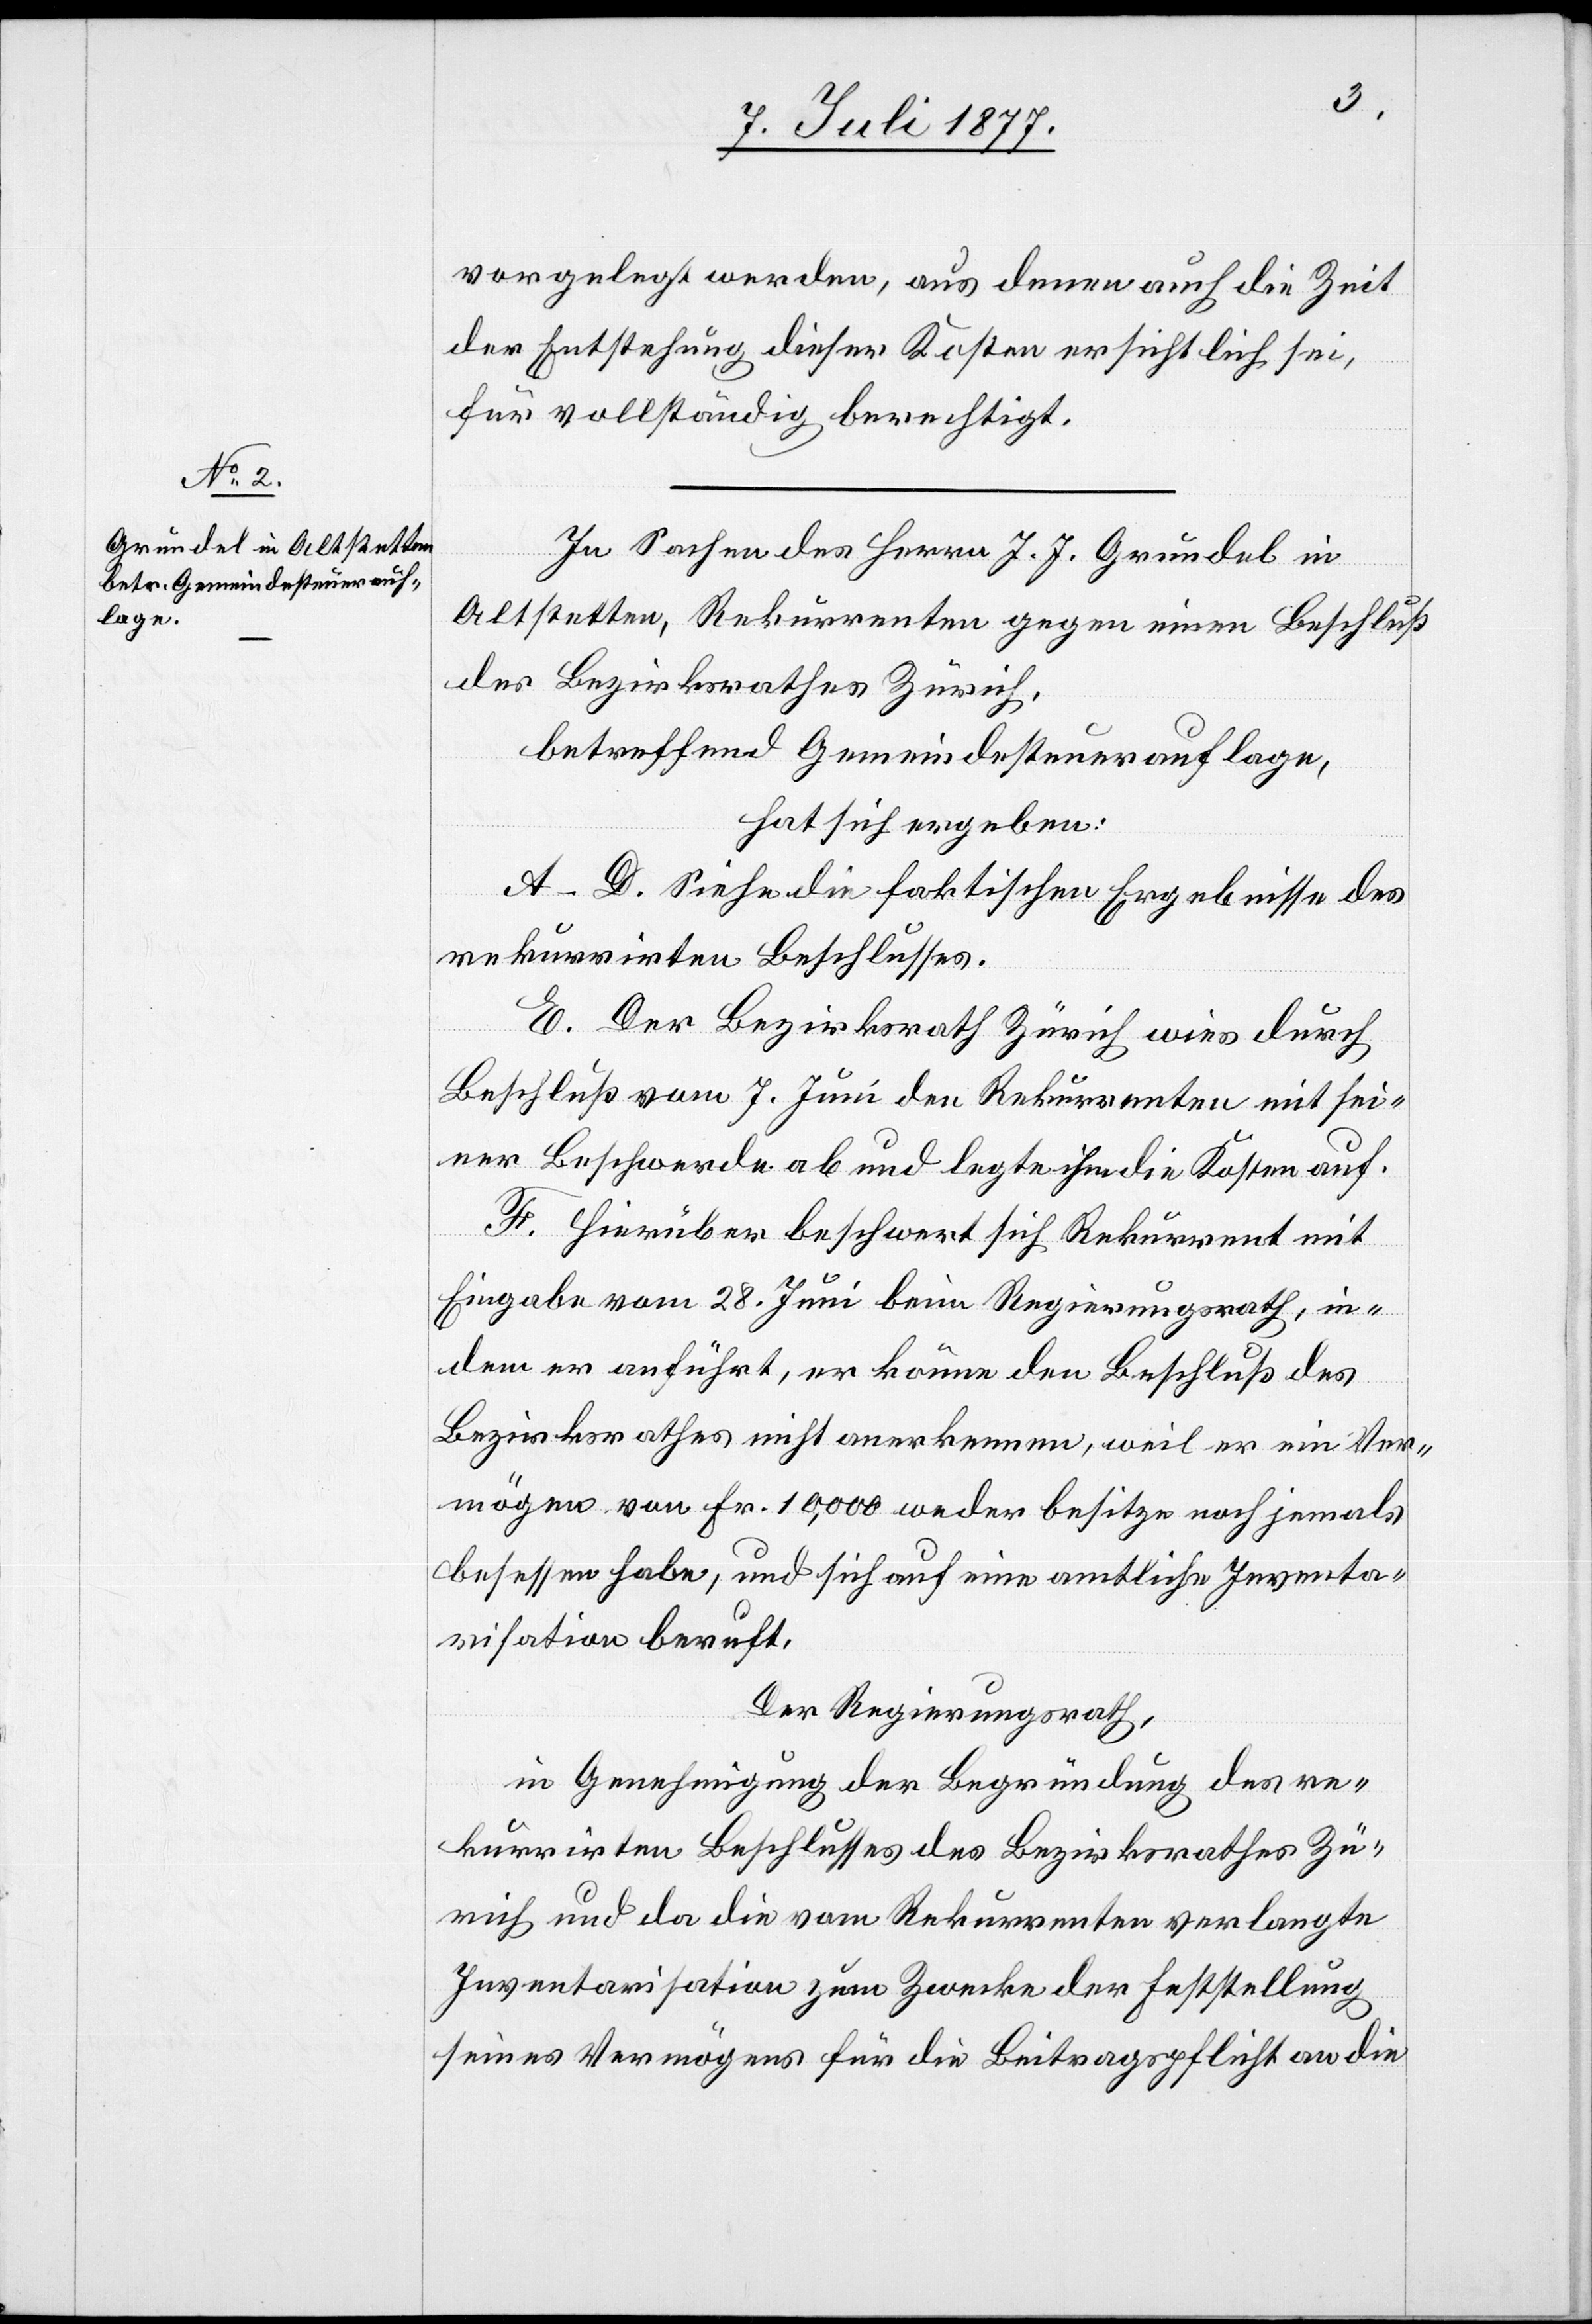
vorgelegt werden, aus denen auch die Zeit
der Entstehung dieser Kosten ersichtlich sei,
für vollständig berechtigt.
In Sachen des Herrn J. J. Grundel in
Altstetten, Rekurrenten gegen einen Beschluß
des Bezirksrathes Zürich,
betreffend Gemeindesteuerauflage,
hat sich ergeben:
A–D. Siehe die faktischen Ergebnisse des
rekurrirten Beschlusses.
E. Der Bezirksrath Zürich wies durch
Beschluß vom 7. Juni den Rekurrenten mit sei¬
ner Beschwerde ab und legte ihm die Kosten auf.
F. Hierüber beschwert sich Rekurrent mit
Eingabe vom 28. Juni beim Regierungsrath, in¬
dem er anführt, er könne den Beschluß des
Bezirksrathes nicht anerkennen, weil er ein Ver¬
mögen von Fr. 10,000 weder besitze noch jemals
besessen habe, und sich auf eine amtliche Inventa¬
risation beruft,
Der Regierungsrath,
in Genehmigung der Begründung des re¬
kurrirten Beschlusses des Bezirksrathes Zü¬
rich und da die vom Rekurrenten verlangte
Inventarisation zum Zwecke der Feststellung
seines Vermögens für die Beitragspflicht an die